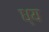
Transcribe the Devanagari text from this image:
ध्य